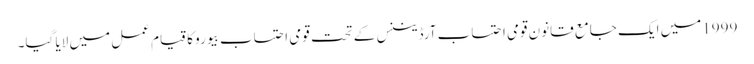
1999میں ایک جامع قانون قومی احتساب آرڈیننس کے تحت قومی احتساب بیورو کا قیام عمل میں لایا گیا۔